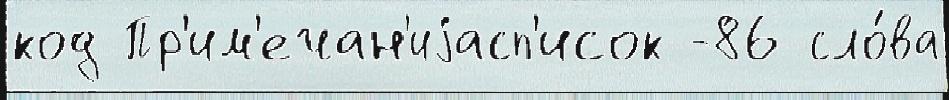
код Пр'им'ечан'иjасп'исок -86 сло́ва